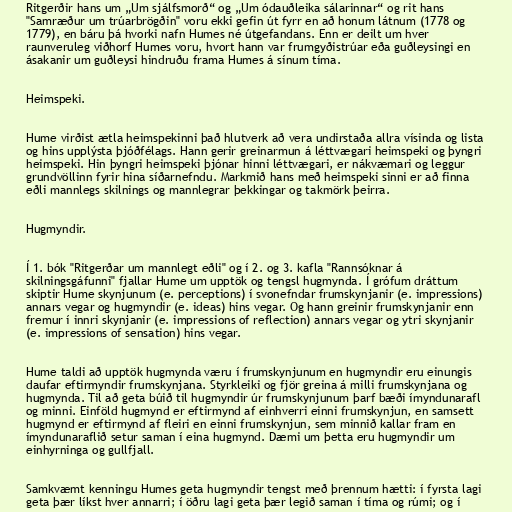
Ritgerðir hans um „Um sjálfsmorð“ og „Um ódauðleika sálarinnar“ og rit hans
"Samræður um trúarbrögðin" voru ekki gefin út fyrr en að honum látnum (1778 og
1779), en báru þá hvorki nafn Humes né útgefandans. Enn er deilt um hver
raunveruleg viðhorf Humes voru, hvort hann var frumgyðistrúar eða guðleysingi en
ásakanir um guðleysi hindruðu frama Humes á sínum tíma.

Heimspeki.

Hume virðist ætla heimspekinni það hlutverk að vera undirstaða allra vísinda og lista
og hins upplýsta þjóðfélags. Hann gerir greinarmun á léttvægari heimspeki og þyngri
heimspeki. Hin þyngri heimspeki þjónar hinni léttvægari, er nákvæmari og leggur
grundvöllinn fyrir hina síðarnefndu. Markmið hans með heimspeki sinni er að finna
eðli mannlegs skilnings og mannlegrar þekkingar og takmörk þeirra.

Hugmyndir.

Í 1. bók "Ritgerðar um mannlegt eðli" og í 2. og 3. kafla "Rannsóknar á
skilningsgáfunni" fjallar Hume um upptök og tengsl hugmynda. Í grófum dráttum
skiptir Hume skynjunum (e. perceptions) í svonefndar frumskynjanir (e. impressions)
annars vegar og hugmyndir (e. ideas) hins vegar. Og hann greinir frumskynjanir enn
fremur í innri skynjanir (e. impressions of reflection) annars vegar og ytri skynjanir
(e. impressions of sensation) hins vegar.

Hume taldi að upptök hugmynda væru í frumskynjunum en hugmyndir eru einungis
daufar eftirmyndir frumskynjana. Styrkleiki og fjör greina á milli frumskynjana og
hugmynda. Til að geta búið til hugmyndir úr frumskynjunum þarf bæði ímyndunarafl
og minni. Einföld hugmynd er eftirmynd af einhverri einni frumskynjun, en samsett
hugmynd er eftirmynd af fleiri en einni frumskynjun, sem minnið kallar fram en
ímyndunaraflið setur saman í eina hugmynd. Dæmi um þetta eru hugmyndir um
einhyrninga og gullfjall.

Samkvæmt kenningu Humes geta hugmyndir tengst með þrennum hætti: í fyrsta lagi
geta þær líkst hver annarri; í öðru lagi geta þær legið saman í tíma og rúmi; og í